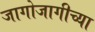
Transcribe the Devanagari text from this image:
जागोजागीच्या